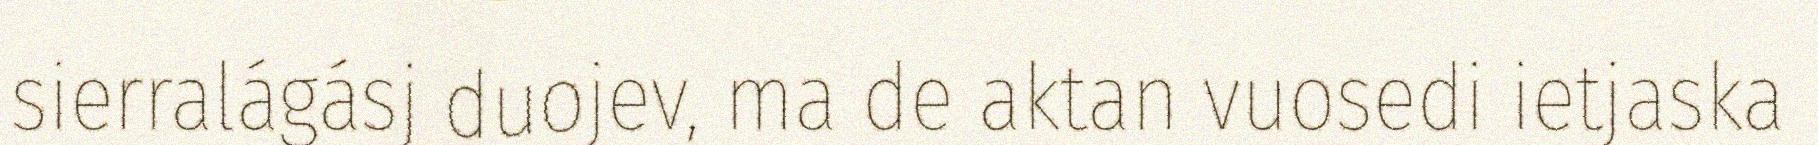
sierralágásj duojev, ma de aktan vuosedi ietjaska